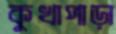
কুখাপাড়া